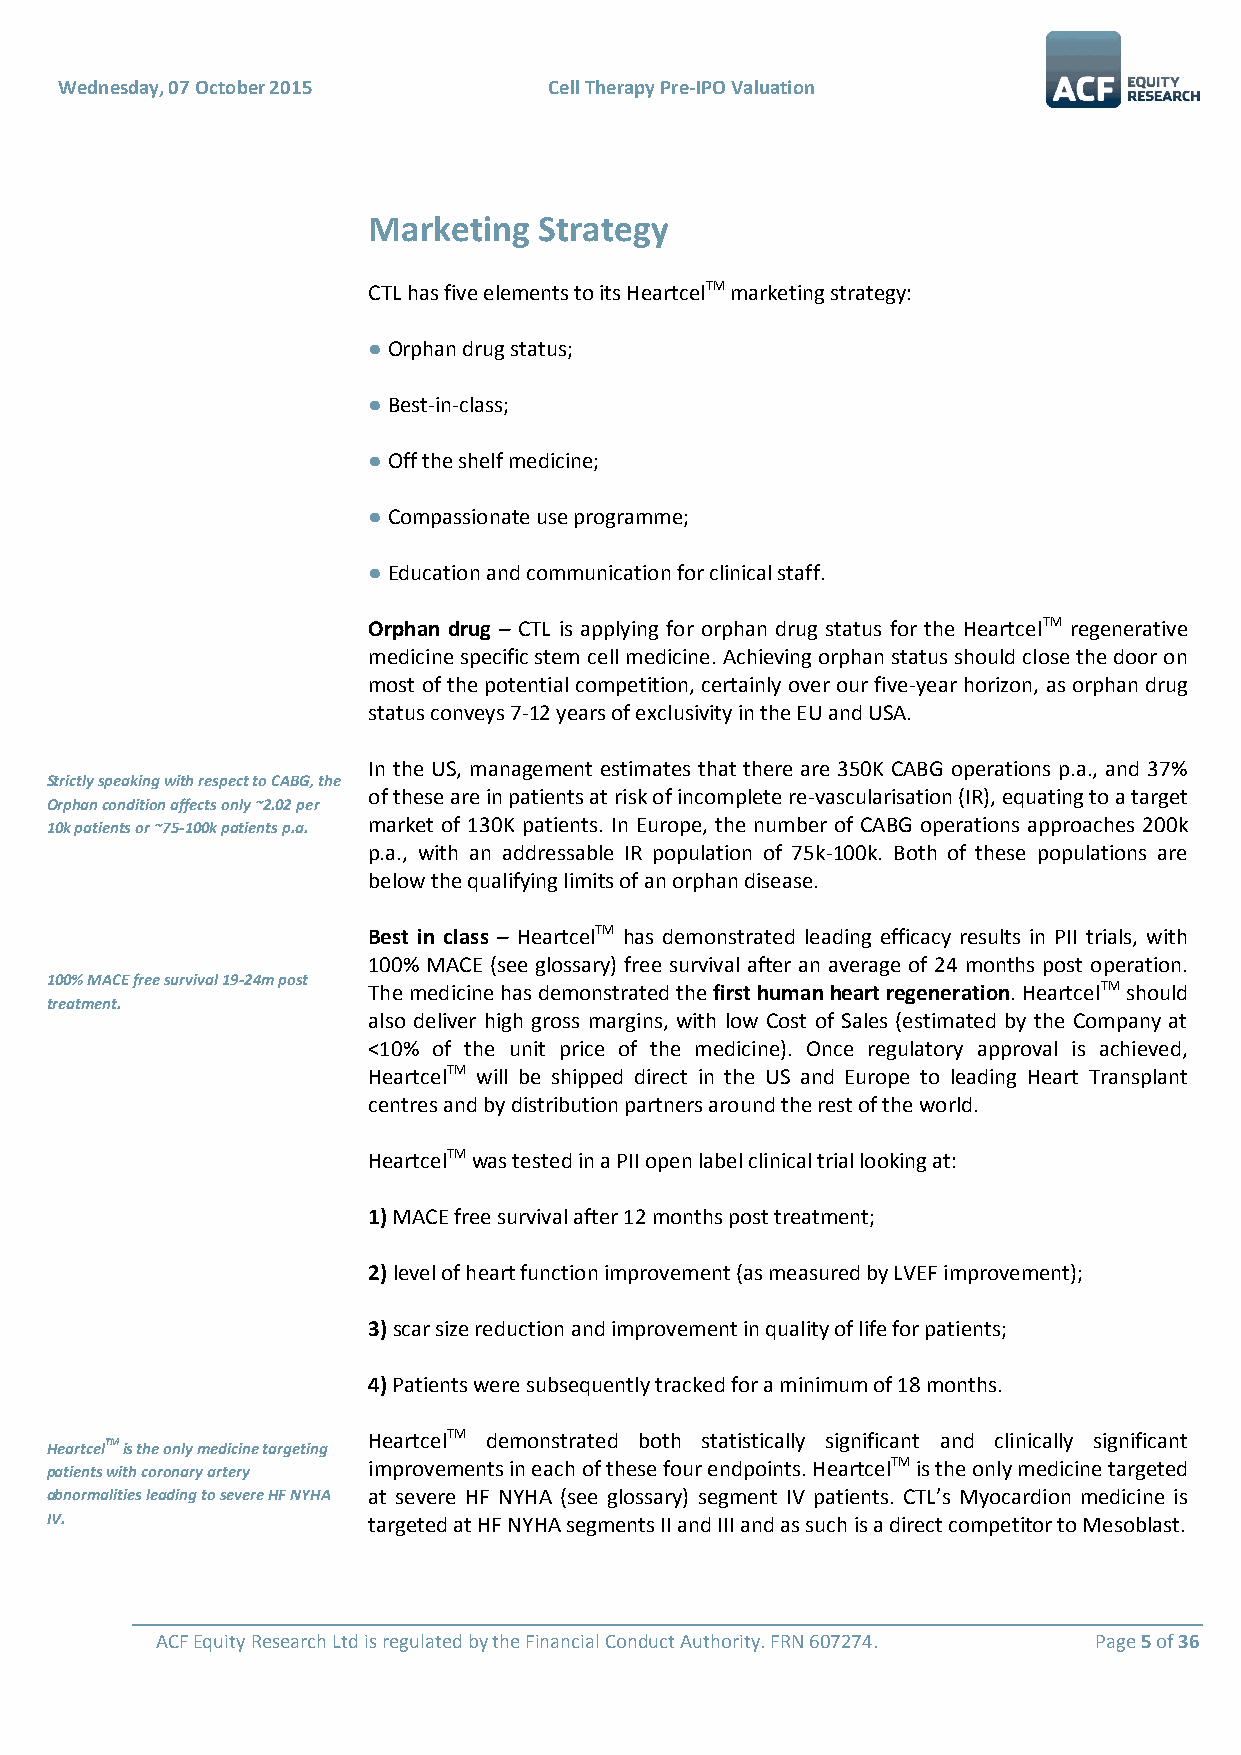
Wednesday, 07 October 2015      Cell Therapy Pre-IPO Valuation
 Marketing   Strategy
 CTL has five elements to its HeartcelTM marketing strategy:
 ● Orphan drug status;
 ● Best-in-class;
 ● Off the shelf medicine;
 ● Compassionate use programme;
 ● Education and communication for clinical staff.
 Orphan drug – CTL is applying for orphan drug status for the HeartcelTM regenerative
 medicine specific stem cell medicine. Achieving orphan status should close the door on
 most of the potential competition, certainly over our five-year horizon, as orphan drug
 status conveys 7-12 years of exclusivity in the EU and USA.
 In the US, management estimates that there are 350K CABG operations p.a., and 37%
 Strictly speaking with respect to CABG, the
 of these are in patients at risk of incomplete re-vascularisation (IR), equating to a target
 Orphan condition affects only ~2.02 per
 10k patients or ~75-100k patients p.a. market of 130K patients. In Europe, the number of CABG operations approaches 200k
 p.a., with an addressable IR population of 75k-100k. Both of these populations are
 below the qualifying limits of an orphan disease.
 Best in class – HeartcelTM has demonstrated leading efficacy results in PII trials, with
 100% MACE (see glossary) free survival after an average of 24 months post operation.
 100% MACE free survival 19-24m post The medicine has demonstrated the first human heart regeneration. HeartcelTM should
 treatment.
 also deliver high gross margins, with low Cost of Sales (estimated by the Company at
 <10% of the unit price of the medicine). Once regulatory approval is achieved,
 HeartcelTM will be shipped direct in the US and Europe to leading Heart Transplant
 centres and by distribution partners around the rest of the world.
 HeartcelTM was tested in a PII open label clinical trial looking at:
 1) MACE free survival after 12 months post treatment;
 2) level of heart function improvement (as measured by LVEF improvement);
 3) scar size reduction and improvement in quality of life for patients;
 4) Patients were subsequently tracked for a minimum of 18 months.
 HeartcelTM demonstrated both statistically significant and clinically significant
 HeartcelTM is the only medicine targeting
 patients with coronary artery improvements in each of these four endpoints. HeartcelTM is the only medicine targeted
 abnormalities leading to severe HF NYHA at severe HF NYHA (see glossary) segment IV patients. CTL’s Myocardion medicine is
 IV.                  targeted at HF NYHA segments II and III and as such is a direct competitor to Mesoblast.
 ACF Equity Research Ltd is regulated by the Financial Conduct Authority. FRN 607274. Page 5 of 36